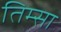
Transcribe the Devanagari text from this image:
तिम्सा